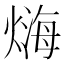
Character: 𤍃